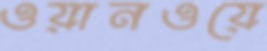
ওয়ানওয়ে